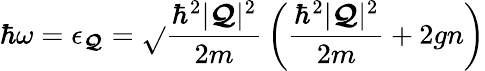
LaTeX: \hbar\omega=\epsilon_{\boldsymbol{\mathcal{Q}}}={\sqrt{}{{{\frac{{\hbar^{2}|{\boldsymbol{\mathcal{Q}}}|^{2}}}{{2m}}}\left({\frac{{\hbar^{2}|{\boldsymbol{\mathcal{Q}}}|^{2}}}{{2m}}}+2gn\right)}}}